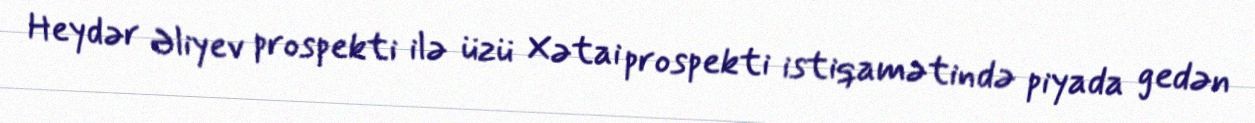
Heydər Əliyev prospekti ilə üzü Xətai prospekti istiqamətində piyada gedən